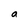
Character: a